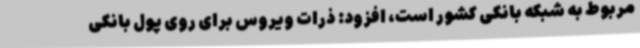
مربوط به شبکه بانکی کشور است، افزود: ذرات ویروس برای روی پول بانکی